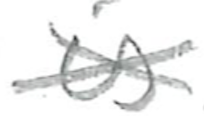
Text: is
Cross-out: cross
Writing tool: pencil